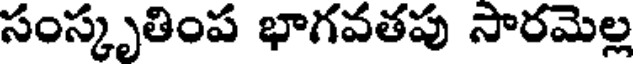
సంస్కృతింప భాగవతపు సారమెల్ల